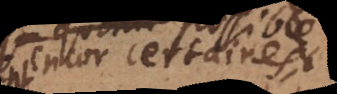
encor certaines